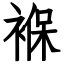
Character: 褓